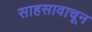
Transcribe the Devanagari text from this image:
साहसावाचून